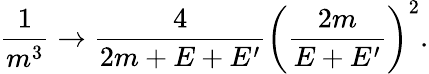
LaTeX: {\frac{1}{m^{3}}}\rightarrow{\frac{4}{2m+E+E^{\prime}}}\left({\frac{2m}{E+E^{\prime}}}\right)^{2}.